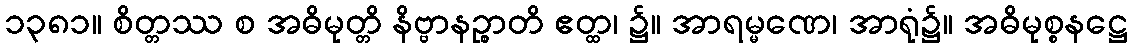
၁၃၈၁။ စိတ္တဿ စ အဓိမုတ္တိ နိဗ္ဗာနဉ္စာတိ ဧတ္ထ၊ ၌။ အာရမ္မဏေ၊ အာရုံ၌။ အဓိမုစ္စနဋ္ဌေ